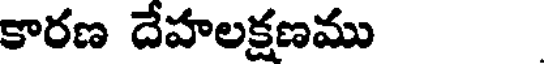
కారణ దేహలక్షణము